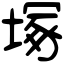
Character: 塚